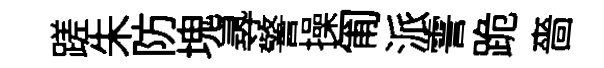
蹉朱防塊𡬶警操匍派霅跪嗇